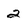
Character: 2